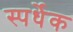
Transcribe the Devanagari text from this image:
स्पर्धेक